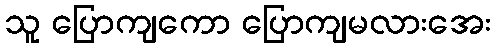
သူ ပြောကျကော ပြောကျမလားအေး